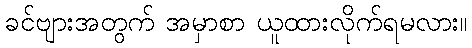
ခင်ဗျားအတွက် အမှာစာ ယူထားလိုက်ရမလား။